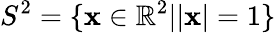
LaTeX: S^{2}=\{ {\mathbf x}\in\mathbb{R}^{2}||{\mathbf x}|=1\}